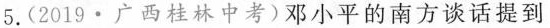
5.(2019·广西桂林中考)邓小平的南方谈话提到